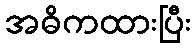
အဓိကထားပြီး